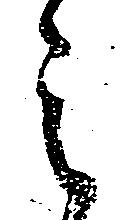
之